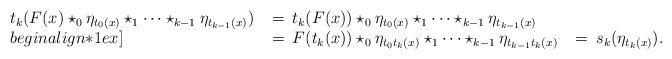
LaTeX: \begin{align*}\begin{array}{l l l}t_k(F(x)\star_0\eta_{t_0(x)} \star_1 \cdots \star_{k-1} \eta_{t_{k-1}(x)}) &\:=\: t_k(F(x)) \star_0\eta_{t_0(x)} \star_1 \cdots \star_{k-1} \eta_{t_{k-1}(x)} \\begin{align*}1ex]&\:=\: F(t_k(x)) \star_0\eta_{t_0t_k(x)} \star_1 \cdots \star_{k-1} \eta_{t_{k-1}t_k(x)} &\:=\: s_k(\eta_{t_k(x)}).\end{array}\end{align*}